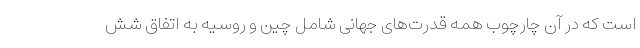
است که در آن چارچوب همه قدرت‌های جهانی شامل چین و روسیه به اتفاق شش